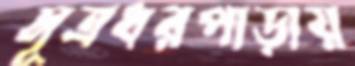
সূত্রধরপাড়ায়